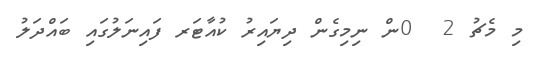
މި މެޗު 2  0ން ނިމިގެން ދިޔައިރު ކުއާޓަރ ފައިނަލުގައި ބައްދަލު